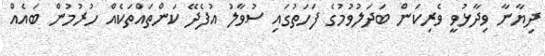
ދިޔާނާ ވިދާޅުވީ ވެރިކަން ބަދަލުވުމުގެ ފަހަތުގައި ސުވާލު އުފެދޭ ކަންތައްތަކެއް ހުރުމުން ބައެއް